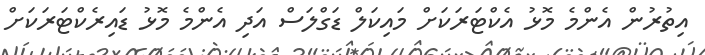
އިތުރުން އެންމެ މޮޅު އެކްޓަރަކަށް މައިކަލް ޑަގްލަސް އަދި އެންމެ މޮޅު ޑައިރެކްޓަރަކަށް